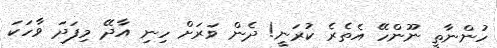
ހުންނާތީ ނޫންހޭ އެތެރެ ކުރަނީ! ދެން ވަރަށް ހިނި އާދޭ މިފަދަ ވާހަކަ